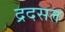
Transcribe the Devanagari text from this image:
द्रदसत